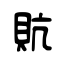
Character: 貥